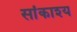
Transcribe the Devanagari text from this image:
सांकाश्य